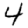
Digit: 4